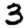
Digit: 3